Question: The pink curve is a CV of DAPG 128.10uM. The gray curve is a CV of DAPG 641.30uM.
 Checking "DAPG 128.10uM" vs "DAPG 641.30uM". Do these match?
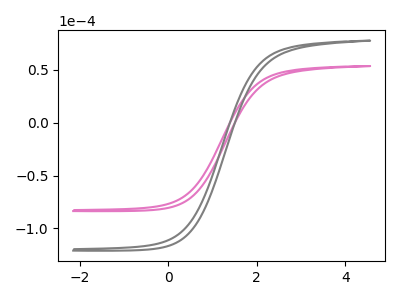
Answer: <think>The pink curve "DAPG 128.10uM" has no peaks. The gray curve "DAPG 641.30uM" has no peaks.
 Neither "DAPG 128.10uM" or "DAPG 641.30uM" have any peaks.</think>
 <answer>"DAPG 128.10uM" and "DAPG 641.30uM" are similar in shape.</answer>
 <eval>same_shape</eval>